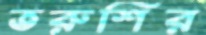
তরুশির